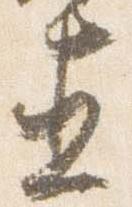
直